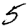
Digit: 5